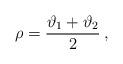
LaTeX: \begin{align*}\rho =\displaystyle\frac{\vartheta _{1}+\vartheta _{2}}{2}\: ,\end{align*}